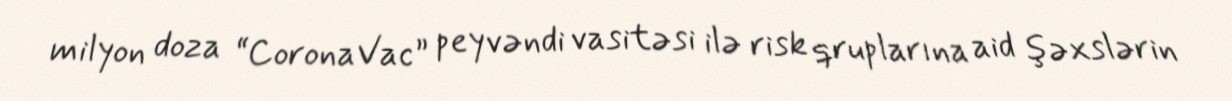
milyon doza “CoronaVac” peyvəndi vasitəsi ilə risk qruplarına aid şəxslərin